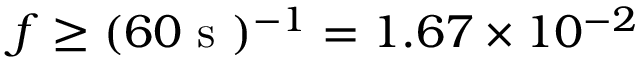
f \geq ( 6 0 \mathrm { ~ s ~ } ) ^ { - 1 } = 1 . 6 7 \times 1 0 ^ { - 2 }